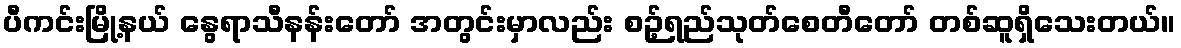
ပီကင်းမြို့နယ် နွေရာသီနန်းတော် အတွင်းမှာလည်း စဉ့်ရည်သုတ်စေတီတော် တစ်ဆူရှိသေးတယ်။